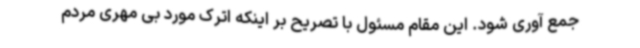
جمع آوری شود. این مقام مسئول با تصریح بر اینکه اترک مورد بی مهری مردم